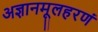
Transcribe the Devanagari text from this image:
अज्ञानमूलहरणं